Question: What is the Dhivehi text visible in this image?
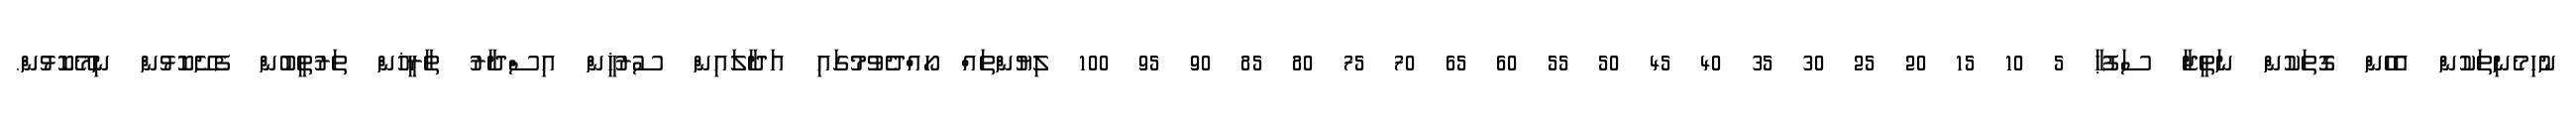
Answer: ނުހިމެނިތަކުން އެހެން ގޮތަކުން ނަތީޖާ ސަފުޙާ 5 10 15 20 25 30 35 40 45 50 55 60 65 70 75 80 85 90 95 100 ލިޔުންތައް ހޯއްދެވުމުގައި އަދާލައިން ސުރުޚީން އިސްދާރު ތާރީޚުން ތަރުތީބުން ފެށޭކޮޅުން ނިމޭކޮޅުން.